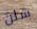
شلن